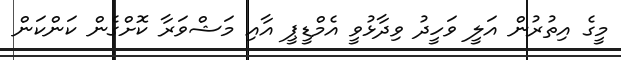
މީގެ އިތުރުން އަލީ ވަހީދު ވިދާޅުވީ އެމްޑީޕީ އާއި މަޝްވަރާ ކޮށްގެން ކަންކަން